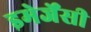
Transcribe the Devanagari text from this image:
इमेर्जेंसी